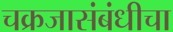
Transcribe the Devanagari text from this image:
चक्रजासंबंधीचा